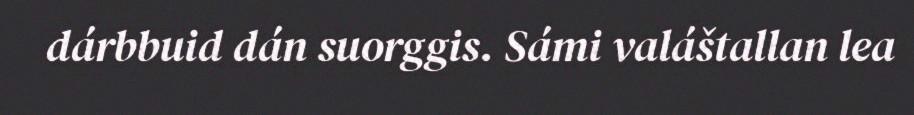
dárbbuid dán suorggis. Sámi valáštallan lea